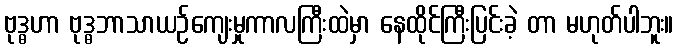
ဗုဒ္ဓဟာ ဗုဒ္ဓဘာသာယဉ်ကျေးမှုကာလကြီးထဲမှာ နေထိုင်ကြီးပြင်းခဲ့ တာ မဟုတ်ပါဘူး။